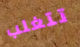
تتغلب